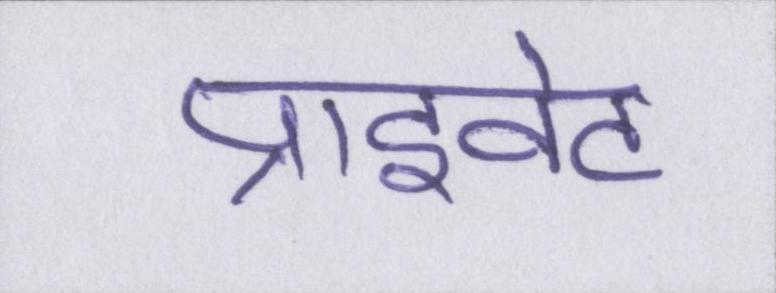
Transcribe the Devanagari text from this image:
प्राइवेट